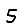
Digit: 5